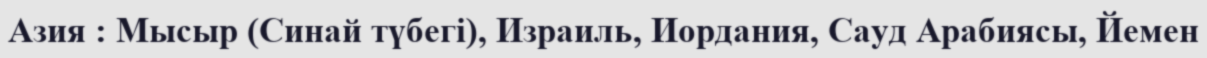
Азия : Мысыр (Синай түбегі), Израиль, Иордания, Сауд Арабиясы, Йемен